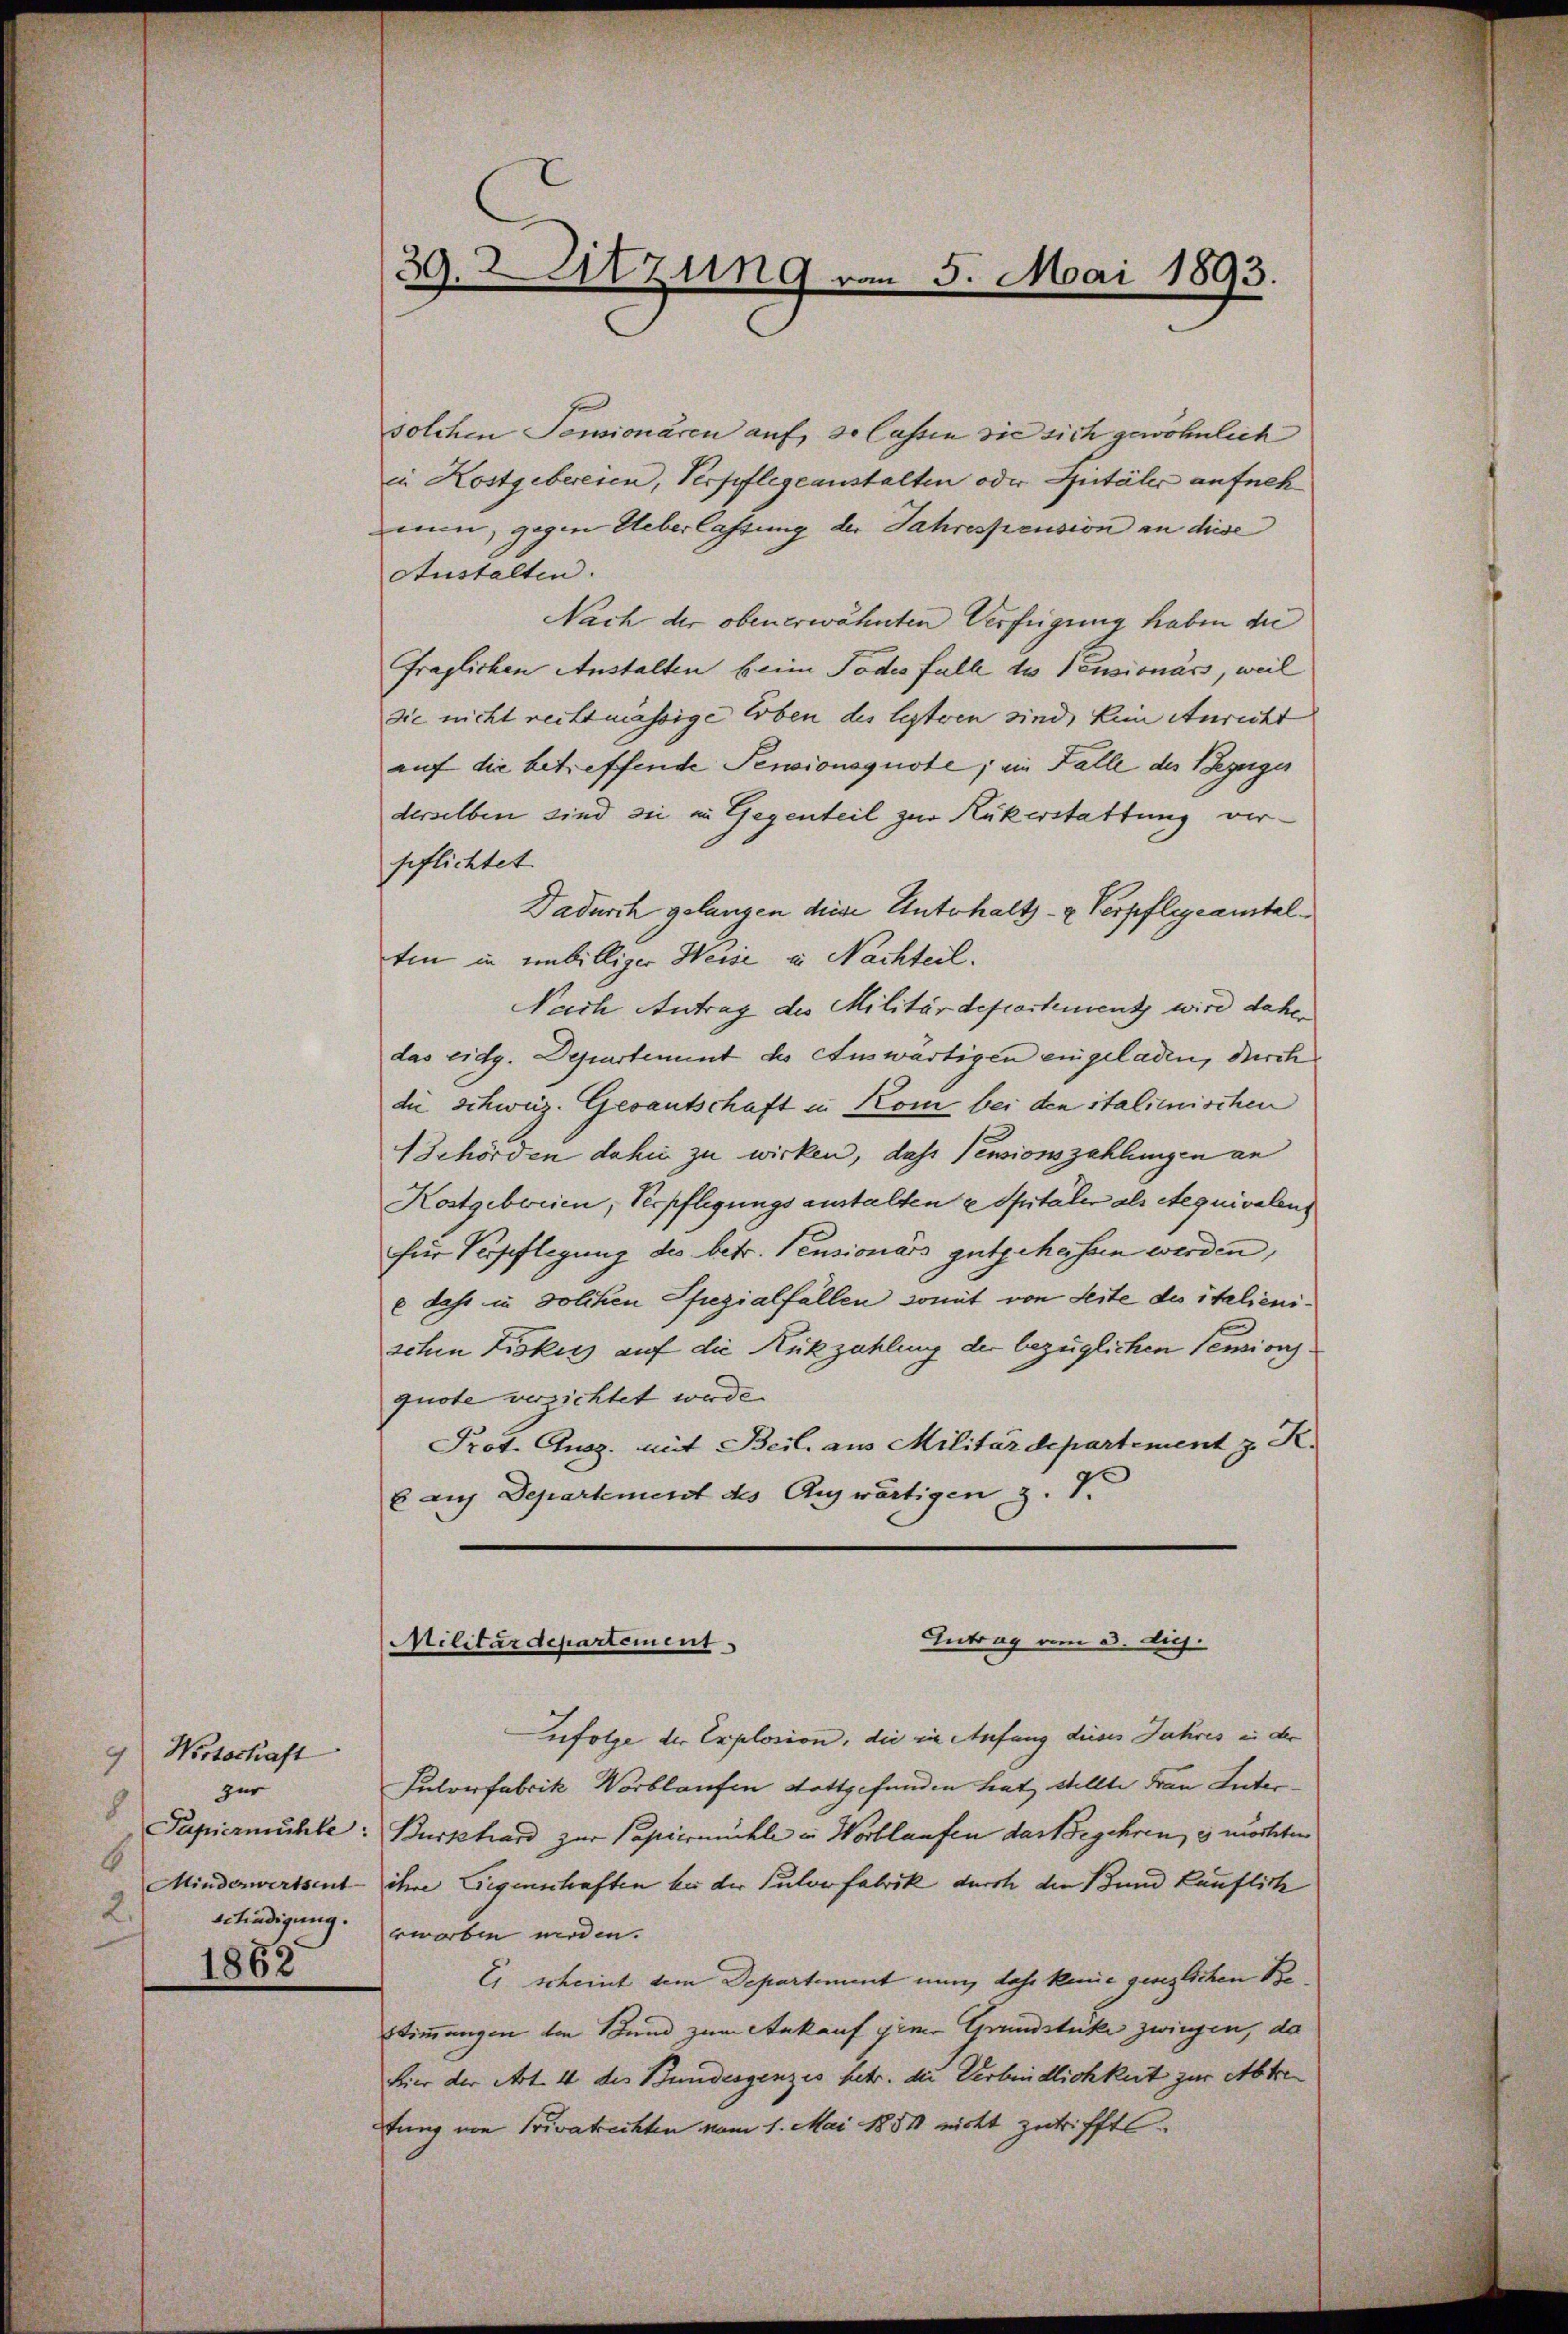
Wirtschaft
9
zur
8
Papiermühle:
6
Minderwertsent
2.
Erfindigung.
1862

39. 2. Sitzung vom 5. Mai 1893.
e

solchen Pensionären auf so lassen sie sich gewöhnlich
in Kostgebereien, Verpflegeanstalten oder Spitäler aufneh
nun, gegen Ueberlassung der Jahrespension an diese
Austalten.
Nach der obenerwähnten Verfügung haben die
fraglichen Anstalten beim Todes falle des Pensionärs, weil
Sie nicht reitsmässige Erben des lezteren sind, kein Anricht
auf die betreffende Pensionsquote; ein Falle des Bezuges
derselben sind sie in Gegenteil zur Rükerstattung verpflichtet.
Dadurch gelangen diese Unterhalts- & Verpflegeanstaltin in unbilliger Weise u. Nachteil.
Nach Antrag des Militärdepartementz wird daher
das eidg. Departement des Auswärtigen eingeladen, durch
die schweiz. Gesantschaft in Kom bei den italienischen
Behörden dahin zu wirken, das Pensionszahlungen an
Kostgeborien, Verpflegungsanstalten u Spitaler als Aequivalen
für Verpflegung des betr. Pensionärs gutgeheissen werden,
dahr in solchen Spezialfällen somit von Seite des italienischen Fiskuss auf die Rückzahlung der bezüglichen Pensions
quote verzichtet werde.
Prot. Ausz. mit Beil. aus Militärdepartement z. R.
E auf Departement des Auswärtigen z. T.

Intrag am 3. die.
Militärdepartement.

ufolge der Explosion, die in Anfang dieses Jahres in der
Pulverfabrik Wortlaufen Stattgefunden hat stellte Frau Inter¬
Burkhard zur Papiermühle in Wortlaufen das Begehren, es möchten
ihre Gegenschaften bei der Pulverfabrik durch die Bund käuflich
worben worden.
Es scheint dem Departement nun, dass keine gesezlichen Be¬
Stimmungen den Stund zum Ankauf einer Grundstücke zwingen, da
hier der Art. 4 des Bundesgenzes betr. die Verbindlichkeit zur Abtrefung von Privatrechten vom 1. Mai 1881 nicht zutrifft.